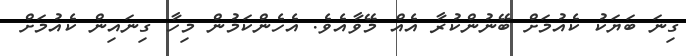
ގިނަ ބަޔަކު ކެއުމަށް ބޭނުންކުރާ އެއް މޭވާއެވެ. އެހެންކަމުން މިހާ ގިނައިން ކެއުމަށް